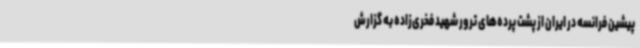
پیشین فرانسه در ایران از پشت پرده‌های ترور شهید فخری‌زاده به گزارش